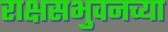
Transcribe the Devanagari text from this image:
राक्षसभुवनच्या